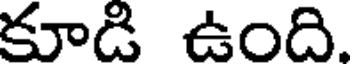
కూడి ఉంది.